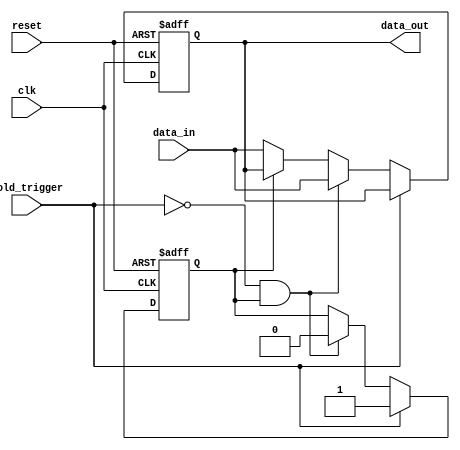
module hold_condition (
    input wire clk,            // Clock input
    input wire reset,          // Reset input
    input wire hold_trigger,   // Trigger signal for hold condition
    input wire [7:0] data_in,  // Input data
    output reg [7:0] data_out  // Output data
);

    // State variable to indicate hold condition
    reg hold_state;

    // Initialization
    initial begin
        data_out = 8'b0;       // Initialize output to 0
        hold_state = 1'b0;     // Initialize hold state to not held
    end

    // Always block to handle the state transition and output behavior
    always @(posedge clk or posedge reset) begin
        if (reset) begin
            data_out <= 8'b0;   // Reset output
            hold_state <= 1'b0;  // Reset hold state
        end else if (hold_trigger) begin
            hold_state <= 1'b1;  // Enter hold state
        end else if (!hold_trigger && hold_state) begin
            hold_state <= 1'b0;  // Exit hold state
            data_out <= data_in; // Update output to new input value
        end else if (!hold_state) begin
            data_out <= data_in; // Normal operation, update output
        end
    end

endmodule